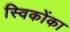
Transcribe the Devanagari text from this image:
स्विकोंका